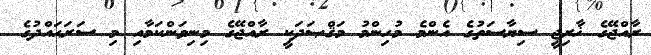
ރާއްޖޭގެ ޚާރިޖީ ސިޔާސަތުގެ އެންމެ މުހިންމު މަޤްޞަދަކީ ރާއްޖޭގެ މިނިވަންކަމާއި މި ސަރަޙައްދުގެ